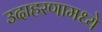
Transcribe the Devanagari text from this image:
उदाहरणामध्ये